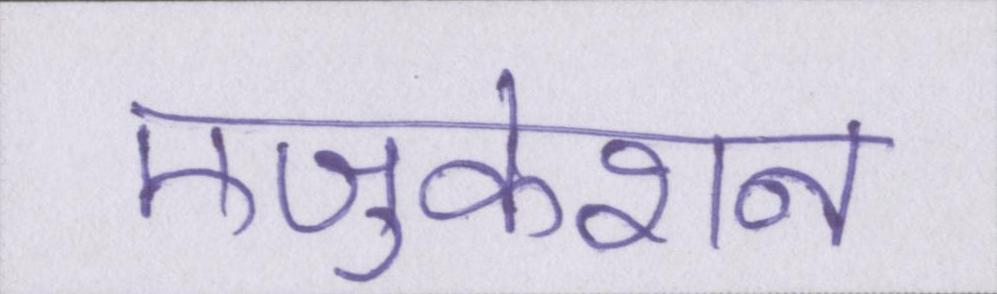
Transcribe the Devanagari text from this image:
एजुकेशन